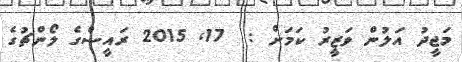
މަޖީދު އަލުން ވަޒީރު ކަމަށް :  17